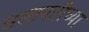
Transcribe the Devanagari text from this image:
सल्तनतीच्या